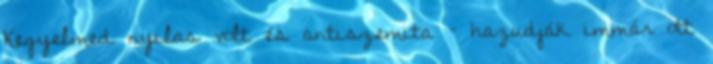
Kegyelmed nyilas volt és antiszemita – hazudják immár ott